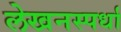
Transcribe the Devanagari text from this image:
लेखनस्पर्धा